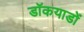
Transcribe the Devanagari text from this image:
डॉकयाडों